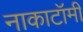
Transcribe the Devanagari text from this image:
नाकाटॉमी